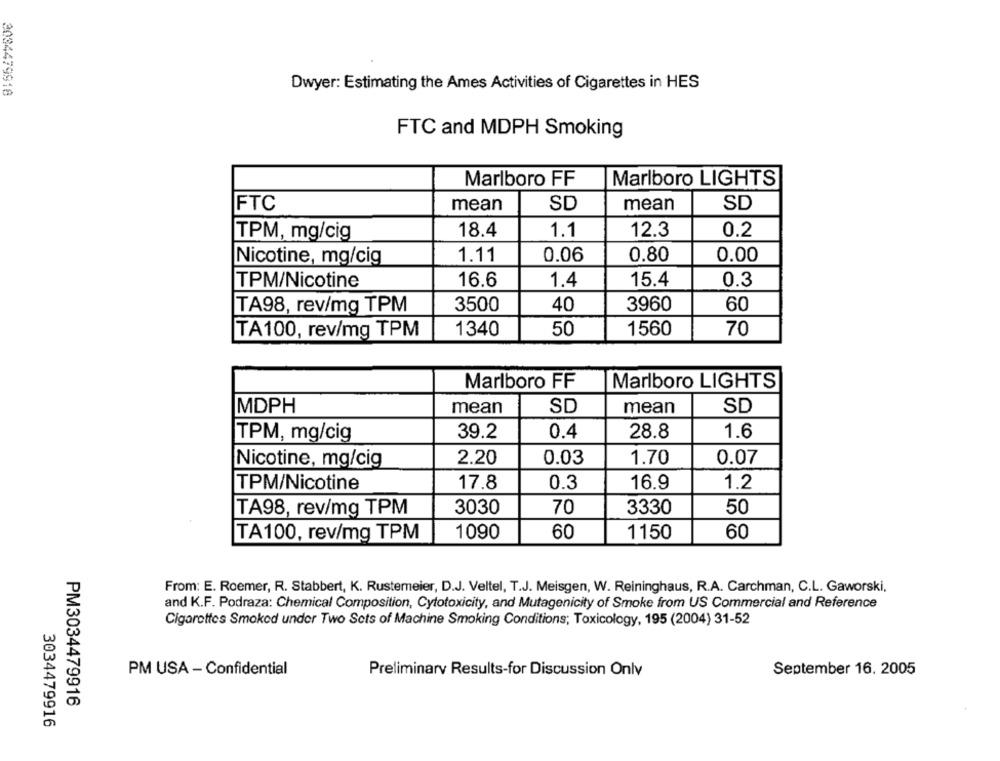
3034479918
Dwyer: Estimating the Ames Activities of Cigarettes in HES
FTC and MDPH Smoking
Marlboro FF
Marlboro LIGHTS
mean
FTC
mean
SD
SD
TPM, mg/cig
18.4
1.1
12.3
0.2
1.11
0.06
0.80
0.00
Nicotine, mg/cig
16.6
15.4
0.3
TPM/Nicotine
1.4
TA98, rev/mg TPM
3500
40
3960
60
TA100, rev/mg TPM
1340
50
1560
70
Marlboro FF
Marlboro LIGHTS
MDPH
mean
SD
mean
SD
39.2
0.4
28.8
1.6
TPM, mg/cig
Nicotine, mg/cig
2.20
0.03
1.70
0.07
TPM/Nicotine
17.8
0.3
16.9
1.2
TA98, rev/mg TPM
3030
70
3330
50
60
60
TA100, rev/mg TPM
1090
1150
From: E. Roemer, R. Stabbert, K. Rustemeier, D.J. Veltel, T.J. Meisgen, W. Reininghaus, R.A. Carchman, C.L. Gaworski,
and K.F. Podraza: Chemical Composition, Cytotoxicity, and Mutagenicity of Smoke from US Commercial and Reference
Cigarettes Smoked under Two Sets of Machine Smoking Conditions; Toxicology, 195 (2004) 31-52
PM USA - Confidential
Preliminary Results-for Discussion Onlv
September 16. 2005
PM3034479916
3034479916